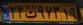
۲۳ت۹۷۳۱۹